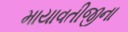
માયાવતીજીના